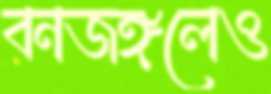
বনজঙ্গলেও